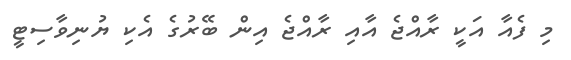
މި ފެއާ އަކީ ރާއްޖެ އާއި ރާއްޖެ އިން ބޭރުގެ އެކި ޔުނިވާސިޓީ